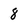
Character: 8